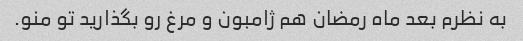
به نظرم بعد ماه رمضان هم ژامبون و مرغ رو بگذارید تو منو.